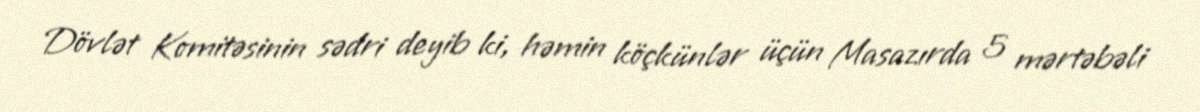
Dövlət Komitəsinin sədri deyib ki, həmin köçkünlər üçün Masazırda 5 mərtəbəli